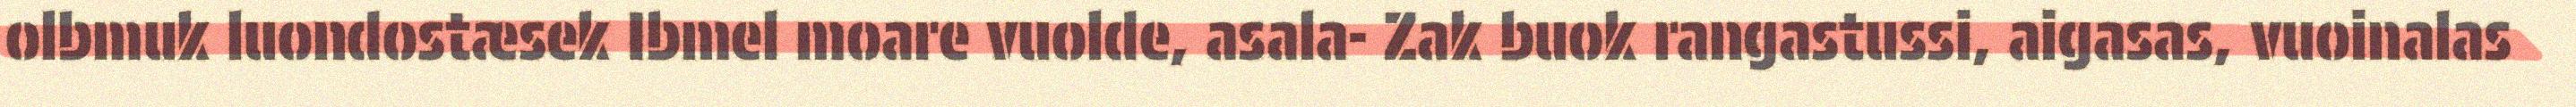
olbmuk luondostæsek Ibmel moare vuolde, asala- Zak buok rangastussi, aigasas, vuoinalas